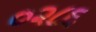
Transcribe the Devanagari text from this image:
०२८६